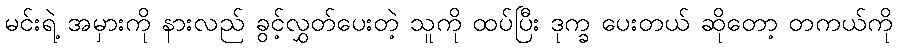
မင်းရဲ့ အမှားကို နားလည် ခွင့်လွှတ်ပေးတဲ့ သူကို ထပ်ပြီး ဒုက္ခ ပေးတယ် ဆိုတော့ တကယ်ကို